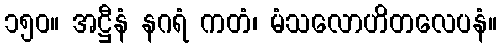
၁၅၀။ အဋ္ဌီနံ နဂရံ ကတံ၊ မံသလောဟိတလေပနံ။